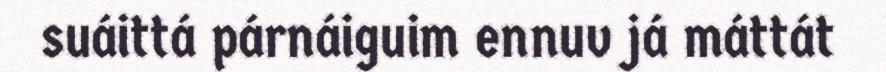
suáittá párnáiguim ennuv já máttát